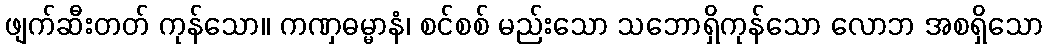
ဖျက်ဆီးတတ် ကုန်သော။ ကဏှဓမ္မာနံ၊ စင်စစ် မည်းသော သဘောရှိကုန်သော လောဘ အစရှိသော